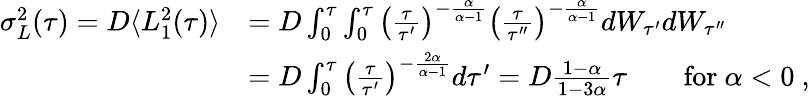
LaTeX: \begin{array}{rl}{\sigma_{L}^{2}(\tau)=D\langle L_{1}^{2}(\tau)\rangle}&{=D\int_{0}^{\tau}\int_{0}^{\tau}\left(\frac{\tau}{\tau^{\prime}}\right)^{-\frac{\alpha}{\alpha-1}}\left(\frac{\tau}{\tau^{\prime\prime}}\right)^{-\frac{\alpha}{\alpha-1}}dW_{\tau^{\prime}}dW_{\tau^{\prime\prime}}}\\ &{=D\int_{0}^{\tau}\left(\frac{\tau}{\tau^{\prime}}\right)^{-\frac{2\alpha}{\alpha-1}}d\tau^{\prime}=D\frac{1-\alpha}{1-3\alpha}\tau\qquad\mathrm{for}\ \alpha<0\ ,}\end{array}